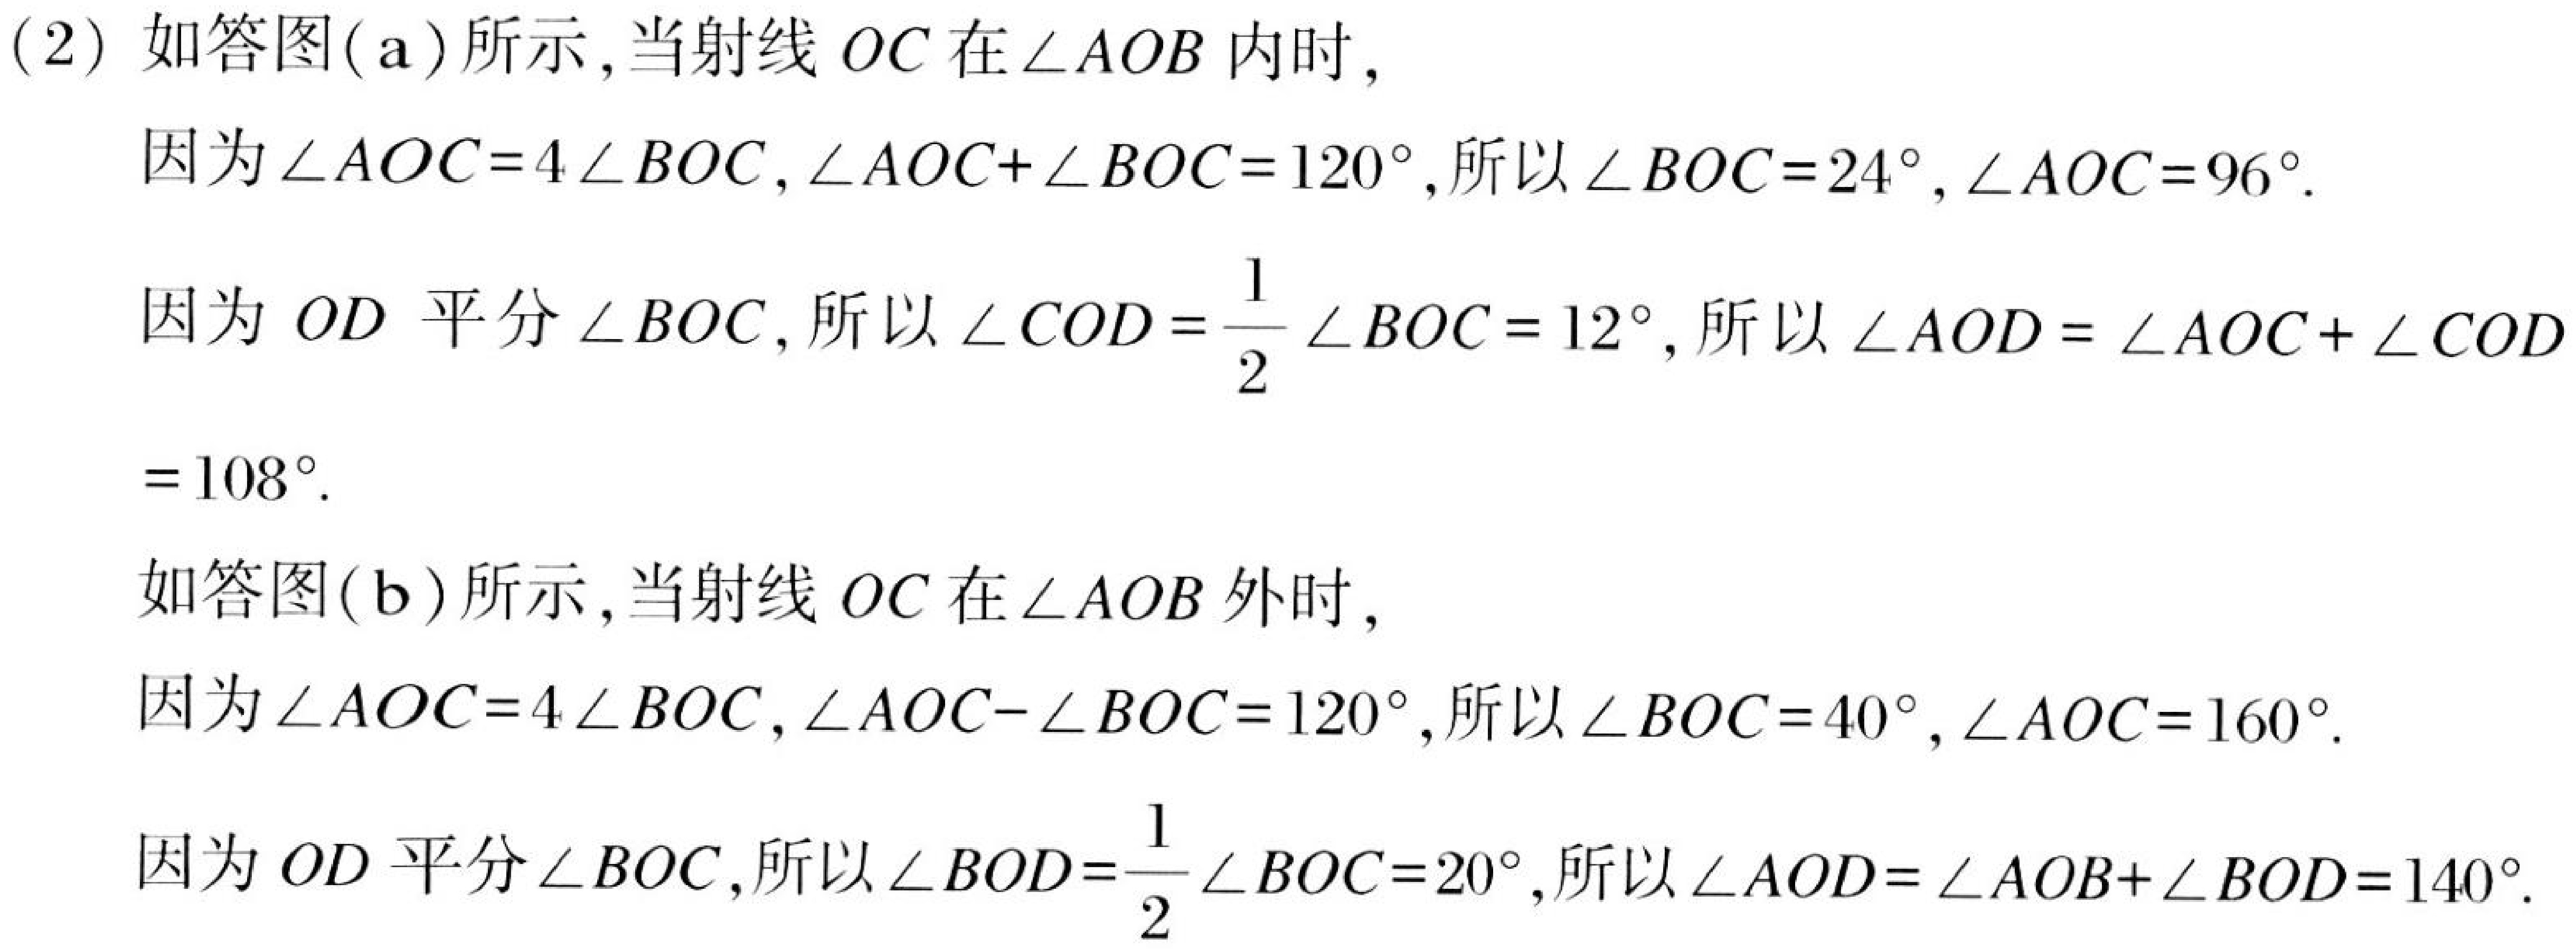
(2) 如答图(a)所示,当射线 \(OC\) 在\(\angle AOB\)内时,
因为\(\angle AOC = 4\angle BOC,\angle AOC+\angle BOC = 120^{\circ}\),所以\(\angle BOC = 24^{\circ},\angle AOC = 96^{\circ}\).
因为 \(OD\) 平分\(\angle BOC\),所以\(\angle COD=\frac{1}{2}\angle BOC = 12^{\circ}\),所以\(\angle AOD=\angle AOC+\angle COD = 108^{\circ}\).
如答图(b)所示,当射线 \(OC\) 在\(\angle AOB\)外时,
因为\(\angle AOC = 4\angle BOC,\angle AOC - \angle BOC = 120^{\circ}\),所以\(\angle BOC = 40^{\circ},\angle AOC = 160^{\circ}\).
因为 \(OD\) 平分\(\angle BOC\),所以\(\angle BOD=\frac{1}{2}\angle BOC = 20^{\circ}\),所以\(\angle AOD=\angle AOB+\angle BOD = 140^{\circ}\).